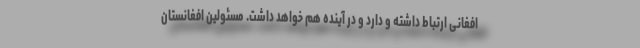
افغانی ارتباط داشته و دارد و در آینده هم خواهد داشت. مسئولین افغانستان